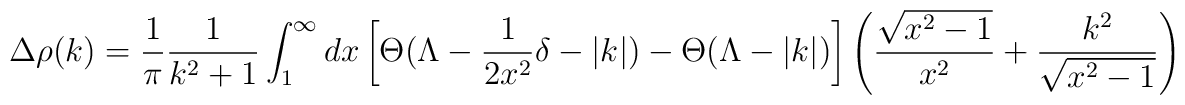
\Delta \rho (k)=\frac{1}{\pi }\frac{1}{k^{2}+1}\int _{1}^{\infty }dx\left[ \Theta (\Lambda -\frac{1}{2x^{2}}\delta -|k|)-\Theta (\Lambda -|k|)\right] \left( \frac{\sqrt{x^{2}-1}}{x^{2}}+\frac{k^{2}}{\sqrt{x^{2}-1}}\right)